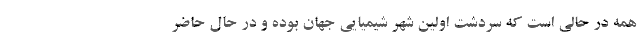
همه در حالی است که سردشت اولین شهر شیمیایی جهان بوده و در حال حاضر